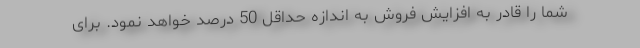
شما را قادر به افزایش فروش به اندازه حداقل 50 درصد خواهد نمود. برای